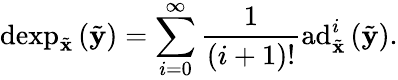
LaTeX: \mathrm{dexp}_{\tilde{\mathbf{x}}}\left(\tilde{\mathbf{y}}\right)=\sum_{i=0}^{\infty}\frac{1}{\left(i+1\right)!}\mathrm{ad}_{\tilde{\mathbf{x}}}^{i}\left(\tilde{\mathbf{y}}\right).